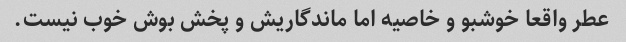
عطر واقعا خوشبو و خاصیه اما ماندگاریش و پخش بوش خوب نیست.